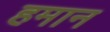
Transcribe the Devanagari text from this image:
हमान